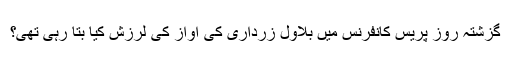
گزشتہ روز پریس کانفرنس میں بلاول زرداری کی آواز کی لرزش کیا بتا رہی تھی؟